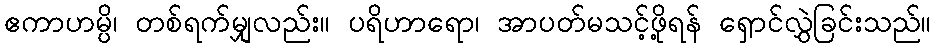
ဧကာဟမ္ပိ၊ တစ်ရက်မျှလည်း။ ပရိဟာရော၊ အာပတ်မသင့်ဖို့ရန် ရှောင်လွှဲခြင်းသည်။